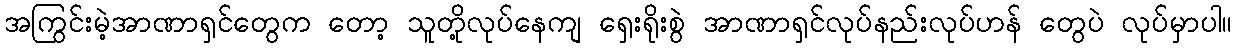
အကြွင်းမဲ့အာဏာရှင်တွေက တော့ သူတို့လုပ်နေကျ ရှေးရိုးစွဲ အာဏာရှင်လုပ်နည်းလုပ်ဟန် တွေပဲ လုပ်မှာပါ။